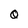
Character: O